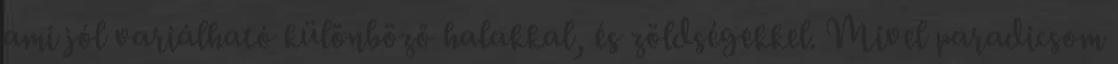
ami jól variálható különböző halakkal, és zöldségekkel. Mivel paradicsom